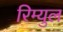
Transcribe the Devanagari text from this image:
रिम्युल